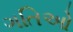
ગતિઓ